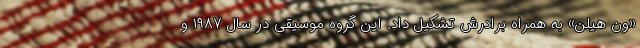
«ون هیلن» به همراه برادرش تشکیل داد. این گروه موسیقی در سال ۱۹۸۷ و